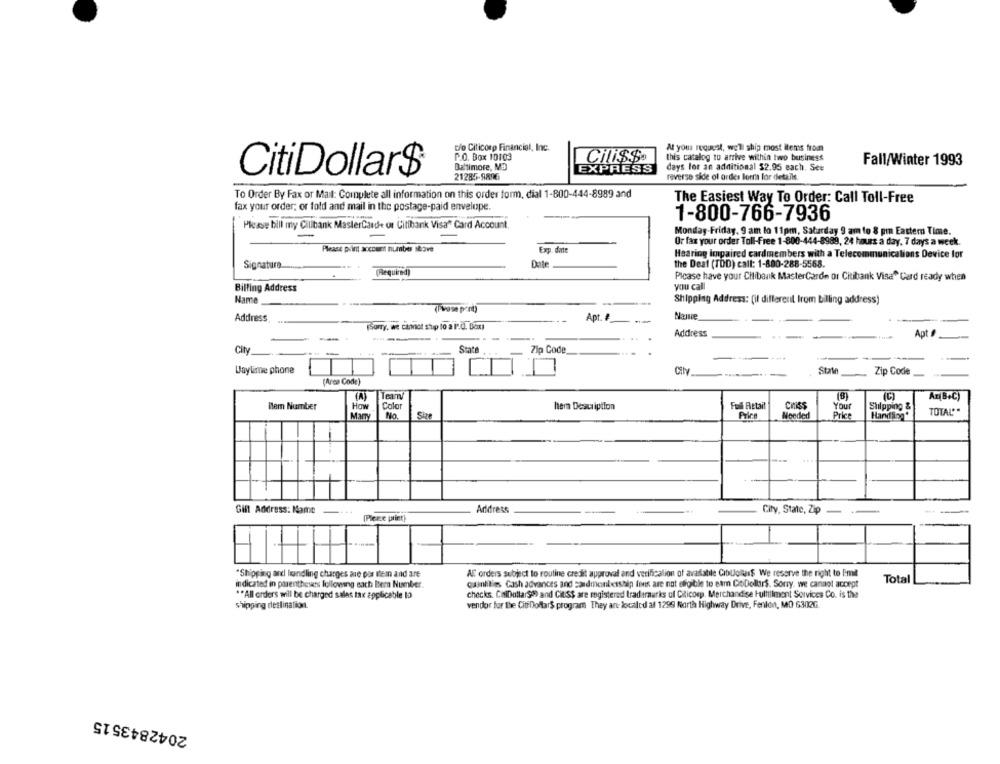
Do Citicorp Financial, Inc.
At your request, we'll ship most items from
P.O. Box 10103
this catalog to arrive within two business
Fall/Winter 1993
Baltimore, MD
EXPRESS
days lor an additional $2.95 each. See
CitiDollar$
21285-9896
reverse side of order form for details
To Order By Fax or Mail: Complete all information on this order form, dial 1-800-444-8989 and
The Easiest Way To Order: Call Toll-Free
fax your order; or fold and mail in the postage-paid envelope.
1-800-766-7936
Please bill my Cilibank MasterCarde ot Citibank Visa" Card Account.
-
Monday-Friday, 9 am lo 11pm, Saturday 9 am to 8 pm Eastern Time.
Or fax your order Toll-Free 1-800-444-8989, 24 hours a day, 7 days a week.
Please print account number skove
Exp. darte
Hearing Impaired cardmembers with a Telecommunications Device for
Signature.
the Deaf (TbD) call: 1-800-288-5568.
(Required)
Please have your Citibank MasterCardn Or Citibank Visa Card ready when
Billing Address
you cal
Name
Shipping Address: (if different Irom billing address)
(Please pont)
Address
Apt. #
Name
FSorry. we cannot stup to a l'.O. Box)
Address
Apt
-
--
City
State
Zip Code
-
Waylime phone
City
State
Zip Code
(Area Code)
(C)
Ar B+C)
Color
hem Description
Full Actail
Ciniss
Your
Shipping &
Bem Number
How
TOTAL'*
Mary
No.
Size
Price
Needed
Price
Gill Address: Mame
Address
City, State, Zip --
--
(Pleite print)
-
"Shipping and handling charges are pes them and are
Alf orders subject to routine credit approval and verification of available CibUollers We reserve the right to limit
Total
indicated in parentheses following each Item Number.
quantities Cash advances and Candmembership fees are not eligible to etm CoDollars. Sorry, we cannot accept
** All orders will be charged sales tax applicable to
checks ChiDollars9) and CitSS are registered trademarks uf Citicorp. Merchandise Fulfillment Services Co. is the
shipping destination.
vendor for the CitiDoftar$ program They an localcd all 1299 North Highway Drive, Fenlon, MO 6302G
2042843515